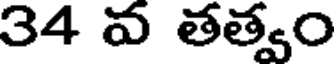
34 వ తత్వం